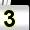
Digit: 3